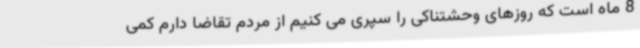
8 ماه است که روزهای وحشتناکی را سپری می کنیم از مردم تقاضا دارم کمی